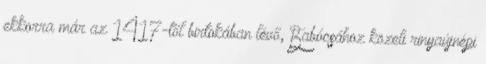
ekkorra már az 1417-től birtokában lévő, Babócsához közeli rinyaújnépi